Voisiku_vallavalitsus, lk 416
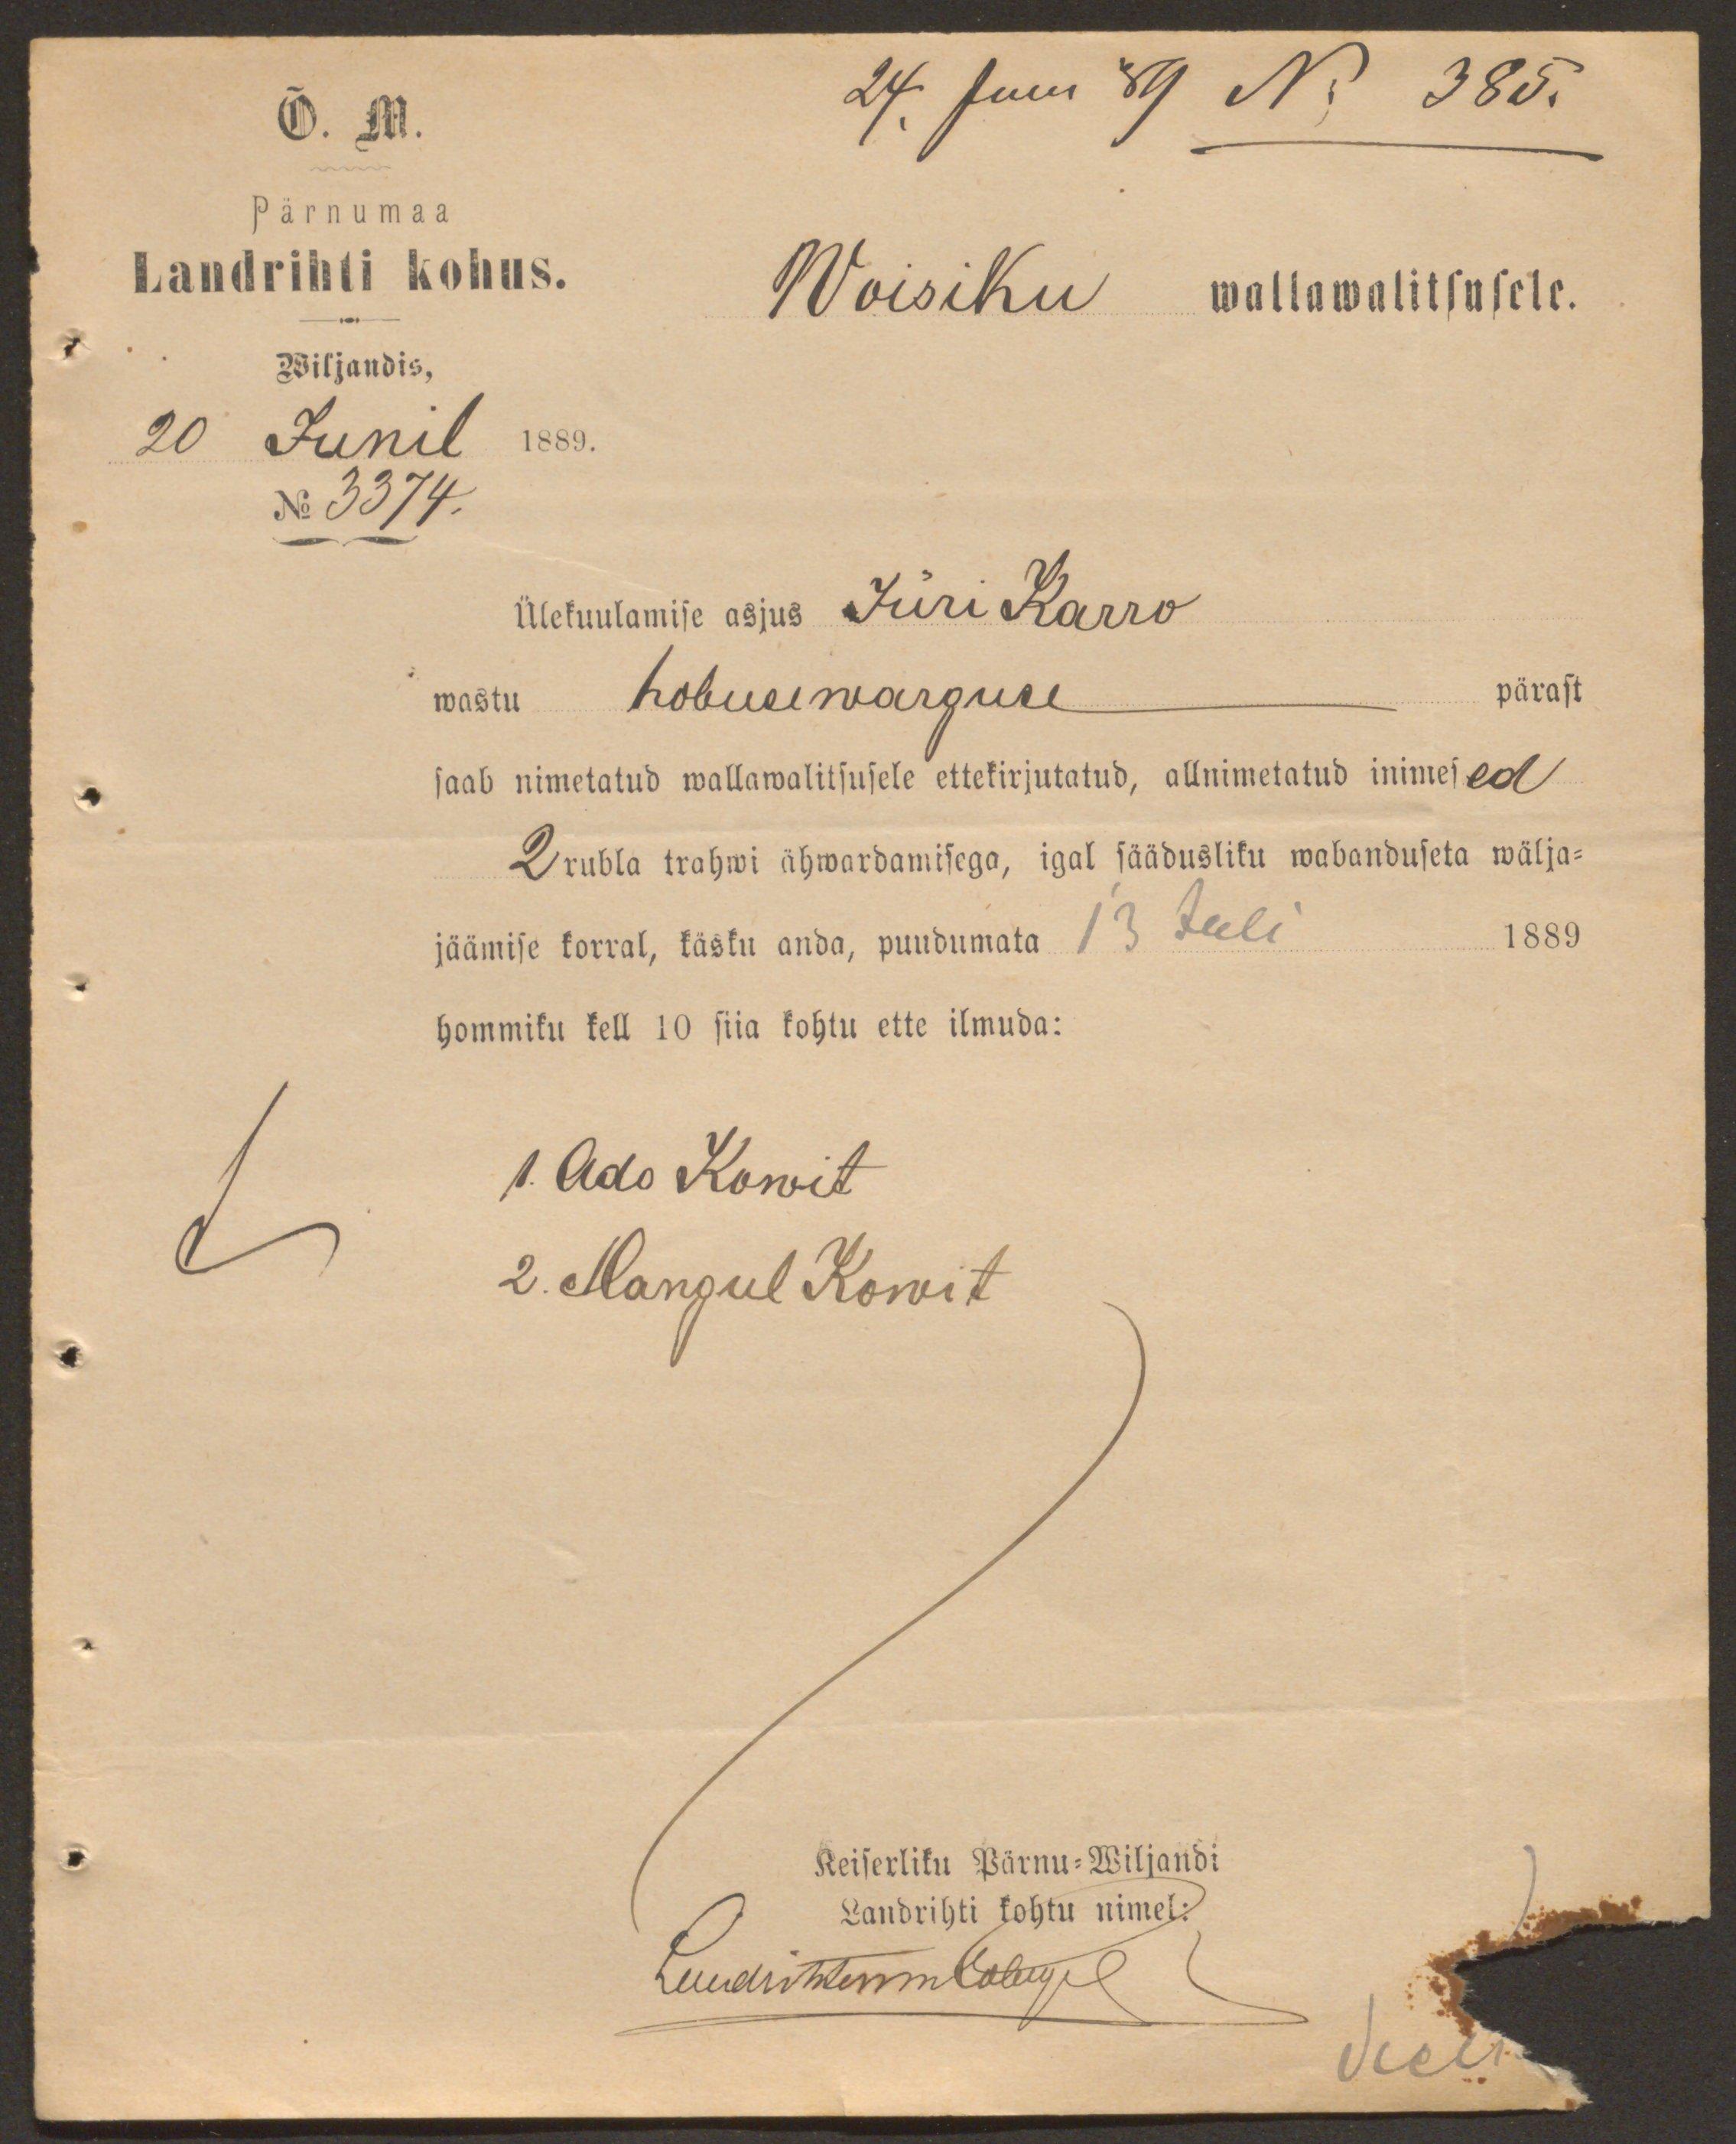
Õ. M.
24. Juni 89 No 385.
Pärnumaa
Landrihti kohus.
Woisiku wallawalitsusele.
Wiljandis,
20 Junil 1889.
No 3374.
Ülekuulamise asjus Jüri Karro
wastu hobusewarguse pärast
saab nimetatud wallawalitsusele ettekirjutatud, allnimetatud inimesed
2 rubla trahwi ähwardamisega, igal säädusliku wabanduseta wälja-
jäämise korral, käsku anda, puudumata 13 Juli 1889
hommiku kell 10 siia kohtu ette ilmuda:
1. Ado Kowit
2. Mangul Kowit
Keiserliku Pärnu-Wiljandi
Landrihti kohtu nimel:
Landrichter Golwell